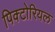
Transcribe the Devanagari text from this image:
पिक्टोरियल